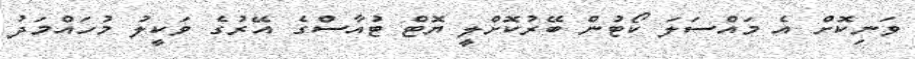
ވަނިކޮށް އެ މައްސަލަ ކޯޓުން ބޭރުކޮށްލީ ޔޮޓް ޓުއާސްގެ އޭރުގެ ވަކީލު މުހައްމަދު